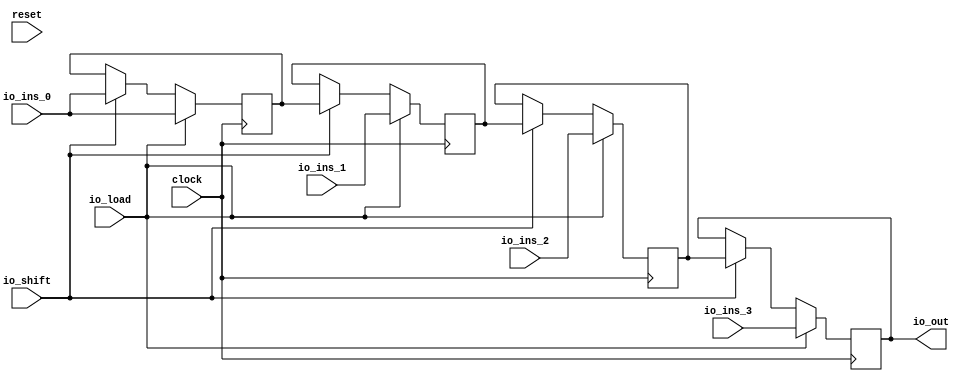
module VecShiftRegister( // @[:@3.2]
  input        clock, // @[:@4.4]
  input        reset, // @[:@5.4]
  input  [3:0] io_ins_0, // @[:@6.4]
  input  [3:0] io_ins_1, // @[:@6.4]
  input  [3:0] io_ins_2, // @[:@6.4]
  input  [3:0] io_ins_3, // @[:@6.4]
  input        io_load, // @[:@6.4]
  input        io_shift, // @[:@6.4]
  output [3:0] io_out // @[:@6.4]
);
  reg [3:0] delays_0; // @[VecShiftRegister.scala 17:19:@8.4]
  reg [31:0] _RAND_0;
  reg [3:0] delays_1; // @[VecShiftRegister.scala 17:19:@8.4]
  reg [31:0] _RAND_1;
  reg [3:0] delays_2; // @[VecShiftRegister.scala 17:19:@8.4]
  reg [31:0] _RAND_2;
  reg [3:0] delays_3; // @[VecShiftRegister.scala 17:19:@8.4]
  reg [31:0] _RAND_3;
  wire [3:0] _GEN_0; // @[VecShiftRegister.scala 23:25:@16.6]
  wire [3:0] _GEN_1; // @[VecShiftRegister.scala 23:25:@16.6]
  wire [3:0] _GEN_2; // @[VecShiftRegister.scala 23:25:@16.6]
  wire [3:0] _GEN_3; // @[VecShiftRegister.scala 23:25:@16.6]
  assign _GEN_0 = io_shift ? io_ins_0 : delays_0; // @[VecShiftRegister.scala 23:25:@16.6]
  assign _GEN_1 = io_shift ? delays_0 : delays_1; // @[VecShiftRegister.scala 23:25:@16.6]
  assign _GEN_2 = io_shift ? delays_1 : delays_2; // @[VecShiftRegister.scala 23:25:@16.6]
  assign _GEN_3 = io_shift ? delays_2 : delays_3; // @[VecShiftRegister.scala 23:25:@16.6]
  assign io_out = delays_3; // @[VecShiftRegister.scala 29:10:@22.4]
`ifdef RANDOMIZE_GARBAGE_ASSIGN
`define RANDOMIZE
`endif
`ifdef RANDOMIZE_INVALID_ASSIGN
`define RANDOMIZE
`endif
`ifdef RANDOMIZE_REG_INIT
`define RANDOMIZE
`endif
`ifdef RANDOMIZE_MEM_INIT
`define RANDOMIZE
`endif
`ifndef RANDOM
`define RANDOM $random
`endif
`ifdef RANDOMIZE
  integer initvar;
  initial begin
    `ifdef INIT_RANDOM
      `INIT_RANDOM
    `endif
    `ifndef VERILATOR
      #0.002 begin end
    `endif
  `ifdef RANDOMIZE_REG_INIT
  _RAND_0 = {1{`RANDOM}};
  delays_0 = _RAND_0[3:0];
  `endif // RANDOMIZE_REG_INIT
  `ifdef RANDOMIZE_REG_INIT
  _RAND_1 = {1{`RANDOM}};
  delays_1 = _RAND_1[3:0];
  `endif // RANDOMIZE_REG_INIT
  `ifdef RANDOMIZE_REG_INIT
  _RAND_2 = {1{`RANDOM}};
  delays_2 = _RAND_2[3:0];
  `endif // RANDOMIZE_REG_INIT
  `ifdef RANDOMIZE_REG_INIT
  _RAND_3 = {1{`RANDOM}};
  delays_3 = _RAND_3[3:0];
  `endif // RANDOMIZE_REG_INIT
  end
`endif // RANDOMIZE
  always @(posedge clock) begin
    if (io_load) begin
      delays_0 <= io_ins_0;
    end else begin
      if (io_shift) begin
        delays_0 <= io_ins_0;
      end
    end
    if (io_load) begin
      delays_1 <= io_ins_1;
    end else begin
      if (io_shift) begin
        delays_1 <= delays_0;
      end
    end
    if (io_load) begin
      delays_2 <= io_ins_2;
    end else begin
      if (io_shift) begin
        delays_2 <= delays_1;
      end
    end
    if (io_load) begin
      delays_3 <= io_ins_3;
    end else begin
      if (io_shift) begin
        delays_3 <= delays_2;
      end
    end
  end
endmodule